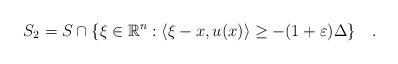
LaTeX: \begin{align*}S_2=S\cap \{\xi\in\mathbb{R}^n:\langle \xi-x, u(x)\rangle\geq -(1+\varepsilon)\Delta\}\quad.\end{align*}